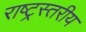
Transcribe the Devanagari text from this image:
राष्ट्रस्तरीय